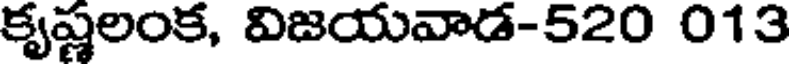
కృష్ణలంక, విజయవాడ-520 013